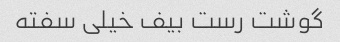
گوشت رست بیف خیلی سفته